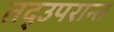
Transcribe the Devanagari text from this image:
तद्उपरान्त